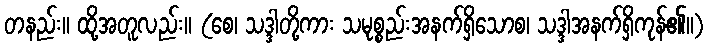
တနည်း။ ထို့အတူလည်း။ (စေ၊ သဒ္ဒါတို့ကား သမုစ္စည်းအနက်ရှိသောစ၊ သဒ္ဒါအနက်ရှိကုန်၏။)